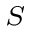
_ S